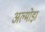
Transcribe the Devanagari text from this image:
अल्मोडा़